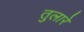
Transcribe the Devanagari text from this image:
तुलारे